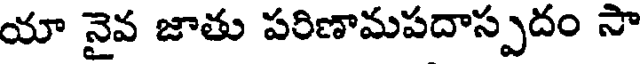
యా నైవ జాతు పరిణామపదాస్పదం సా